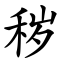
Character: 秽